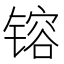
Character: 镕